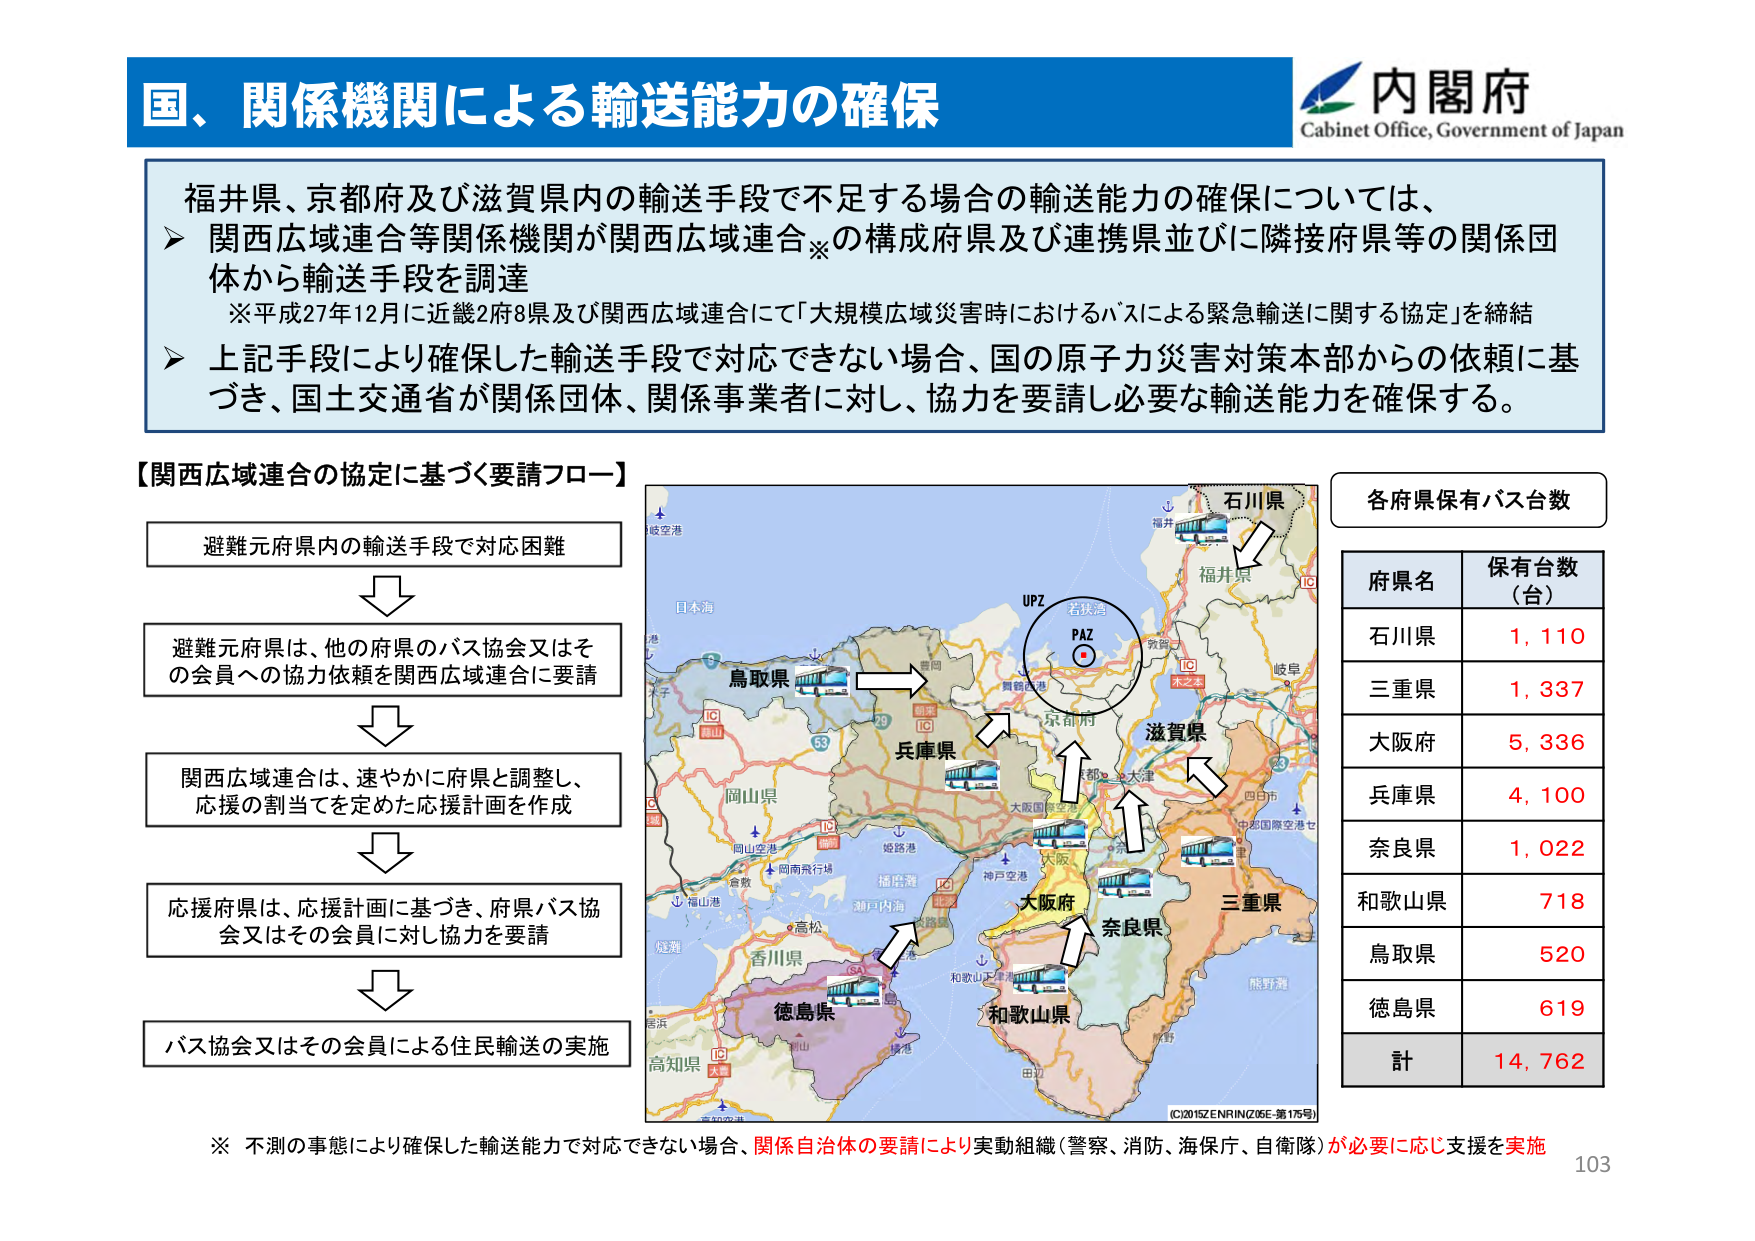
国、関係機関による輸送能力の確保

内閣府
Cabinet Office, Government of Japan

福井県、京都府及び滋賀県内の輸送手段で不足する場合の輸送能力の確保については、
➤ 関西広域連合等関係機関が関西広域連合※の構成府県及び連携県並びに隣接府県等の関係団体から輸送手段を調達
　※平成27年12月に近畿2府8県及び関西広域連合にて「大規模広域災害時におけるバスによる緊急輸送に関する協定」を締結
➤ 上記手段により確保した輸送手段で対応できない場合、国の原子力災害対策本部からの依頼に基づき、国土交通省が関係団体、関係事業者に対し、協力を要請し必要な輸送能力を確保する。

【関西広域連合の協定に基づく要請フロー】
避難元府県内の輸送手段で対応困難
↓
避難元府県は、他の府県のバス協会又はその会員への協力依頼を関西広域連合に要請
↓
関西広域連合は、速やかに府県と調整し、応援の割当てを定めた応援計画を作成
↓
応援府県は、応援計画に基づき、府県バス協会又はその会員に対し協力を要請
↓
バス協会又はその会員による住民輸送の実施

各府県保有バス台数
府県名　保有台数（台）
石川県　1,110
三重県　1,337
大阪府　5,336
兵庫県　4,100
奈良県　1,022
和歌山県　718
鳥取県　520
徳島県　619
計　14,762

※ 不測の事態により確保した輸送能力で対応できない場合、関係自治体の要請により実動組織（警察、消防、海保、自衛隊）が必要に応じ支援を実施

IC2015ZENRIN(Z05E-第175号)
103